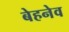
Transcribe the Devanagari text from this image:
बेहनेव